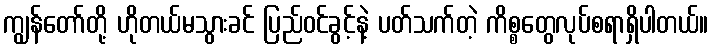
ကျွန်တော်တို့ ဟိုတယ်မသွားခင် ပြည်ဝင်ခွင့်နဲ့ ပတ်သက်တဲ့ ကိစ္စတွေလုပ်စရာရှိပါတယ်။